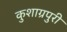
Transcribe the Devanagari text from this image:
कुशाग्रपुरी